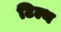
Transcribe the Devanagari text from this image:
टिल्थ